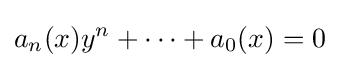
a_{n}(x)y^{n}+\cdots +a_{0}(x)=0